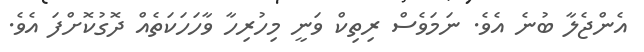
އެންޖެލާ ބުނެ އެވެ. ނަމަވެސް ރިތިކް ވަނީ މިހުރިހާ ވާހަހަކަތެއް ދޮގުކޮށްފަ އެވެ.